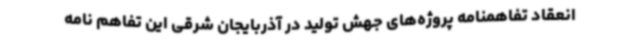
انعقاد تفاهمنامه پروژه‌های جهش تولید در آذربایجان شرقی این تفاهم نامه